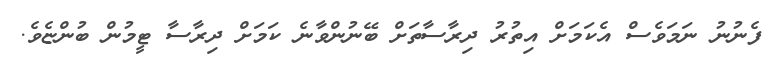
ފެނުނު ނަމަވެސް އެކަމަށް އިތުރު ދިރާސާތަށް ބޭނުންވާނެ ކަަަމަށް ދިރާސާ ޓީމުން ބުންޏެވެ.